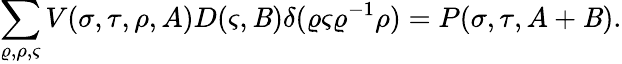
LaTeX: \sum_{\varrho,\rho,\varsigma}V(\sigma,\tau,\rho,A)D(\varsigma,\mathit{B})\delta(\varrho\varsigma\varrho^{-1}\rho)=P(\sigma,\tau,A+\mathit{B}).